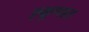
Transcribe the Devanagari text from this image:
एकूणात